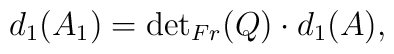
d_1(A_1)={\det}_{Fr}(Q)\cdot d_1(A),